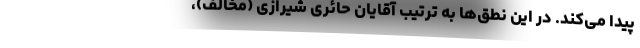
پیدا می‌کند. در این نطق‌ها به ترتیب آقایان حائری شیرازی (مخالف)،